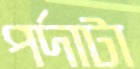
পর্দাটা